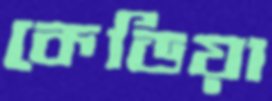
কেডিয়া